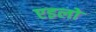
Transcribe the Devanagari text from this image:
एइलो